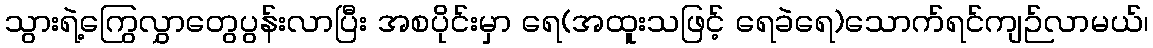
သွားရဲ့ကြွေလွှာတွေပွန်းလာပြီး အစပိုင်းမှာ ရေ(အထူးသဖြင့် ရေခဲရေ)သောက်ရင်ကျဉ်လာမယ်၊